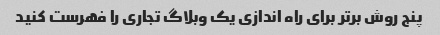
پنج روش برتر برای راه اندازی یک وبلاگ تجاری را فهرست کنید